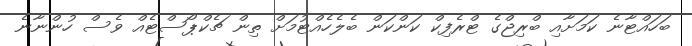
ބަހައްޓާނެ ކަމަށާއި ބްރިޖްގެ ޓްރެފިކް ކަންކަން ބެލެހެއްޓުމަށް ތިން ޗެކްޕޯސްޓެއް ވެސް ހުންނާނެ